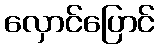
လှောင်ပြောင်